Scottish Leaving Certificate Examination, 1955
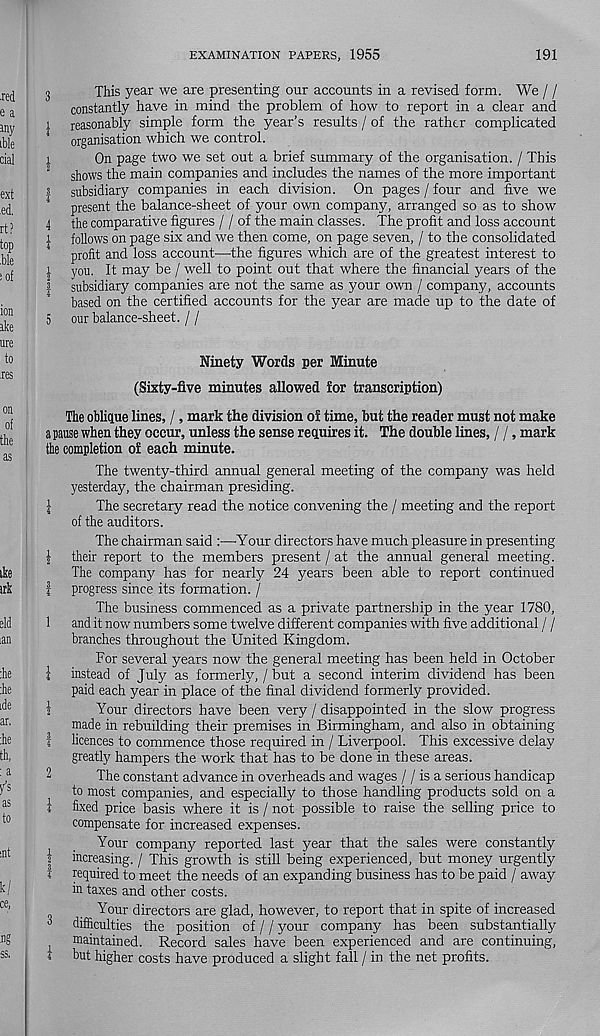
EXAMINATION PAPERS, 1955
191
3
This year we are presenting our accounts in a revised form. We / /
constantly have in mind the problem of how to report in a clear and
i reasonably simple form the year’s results / of the rather complicated
4
organisation which we control.
i
On page two we set out a brief summary of the organisation. / This
1
shows the main companies and includes the names of the more important
| subsidiary companies in each division. On pages / four and five we
4
present the balance-sheet of your own company, arranged so as to show
4 the comparative figures / / of the main classes. The profit and loss account
\ follows on page six and we then come, on page seven, / to the consolidated
profit and loss account—the figures which are of the greatest interest to
i you. It may be / well to point out that where the financial years of the
| subsidiary companies are not the same as your own / company, accounts
based on the certified accounts for the year are made up to the date of
5 our balance-sheet. / /
Ninety Words per Minute
(Sixty-five minutes allowed for transcription)
The oblique lines, /, mark the division of time, but the reader must not make
a pause when they occur, unless the sense requires it. The double lines, / /, mark
the completion of each minute.
The twenty-third annual general meeting of the company was held
yesterday, the chairman presiding.
^
The secretary read the notice convening the / meeting and the report
of the auditors.
The chairman said :—Your directors have much pleasure in presenting
| their report to the members present / at the annual general meeting.
The company has for nearly 24 years been able to report continued
f progress since its formation. /
The business commenced as a private partnership in the year 1780,
1 and it now numbers some twelve different companies with five additional / /
branches throughout the United Kingdom.
For several years now the general meeting has been held in October
1 instead of July as formerly, / but a second interim dividend has been
paid each year in place of the final dividend formerly provided.
\
Your directors have been very / disappointed in the slow progress
made in rebuilding their premises in Birmingham, and also in obtaining
f licences to commence those required in / Liverpool. This excessive delay
greatly hampers the work that has to be done in these areas.
The constant advance in overheads and wages / / is a serious handicap
to most companies, and especially to those handling products sold on a
i fixed price basis where it is / not possible to raise the selling price to
compensate for increased expenses.
Your company reported last year that the sales were constantly
| increasing. / This growth is still being experienced, but money urgently
i required to meet the needs of an expanding business has to be paid / away
in taxes and other costs.
Your directors are glad, however, to report that in spite of increased
3
difficulties the position of / / your company has been substantially
t
maintained. Record sales have been experienced and are continuing,
i but higher costs have produced a slight fall / in the net profits.